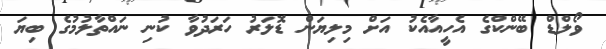
ވޯލްޑް ބޭންކްގެ އެހީއާއެކު އަށް މިލިޔަން ޑޮލަރު ހަރަދުވާ ކުނި ނައްތާލުމުގެ ބިޔަ